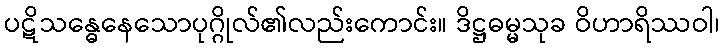
ပဋိသန္ဓေနေသောပုဂ္ဂိုလ်၏လည်းကောင်း။ ဒိဋ္ဌဓမ္မသုခ ဝိဟာရိဿဝါ၊